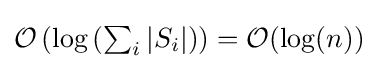
{\mathcal {O}}\left(\log \left(\textstyle \sum _{i}|S_{i}|\right)\right)={\mathcal {O}}(\log(n))